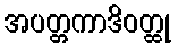
အပတ္တကာဒိဝတ္ထု